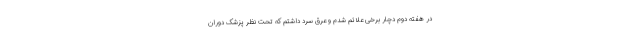
در هفته دوم دچار برخی علائم شدم و عرق سرد داشتم که تحت نظر پزشک دوران